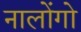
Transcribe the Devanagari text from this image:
नालोंगो